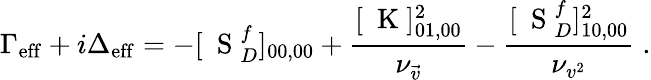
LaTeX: \Gamma_{\mathrm{eff}}+i\Delta_{\mathrm{eff}}=-[\mathrm{~\mathbf~S~}_{D}^{f}]_{00,00}+\frac{[\mathrm{~\mathbf~K~}]_{01,00}^{2}}{\nu_{\vec{v}}}-\frac{[\mathrm{~\mathbf~S~}_{D}^{f}]_{10,00}^{2}}{\nu_{v^{2}}}\; .